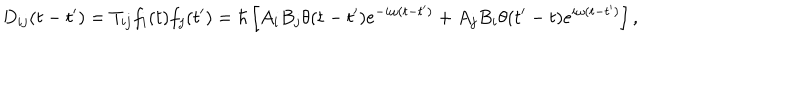
D _ { i j } ( t - t ^ { \prime } ) = T _ { i j } f _ { i } ( t ) f _ { j } ( t ^ { \prime } ) = \hbar \left[ A _ { i } B _ { j } \theta ( t - t ^ { \prime } ) e ^ { - i \omega ( t - t ^ { \prime } ) } + A _ { j } B _ { i } \theta ( t ^ { \prime } - t ) e ^ { i \omega ( t - t ^ { \prime } ) } \right] ,